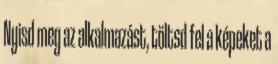
Nyisd meg az alkalmazást, töltsd fel a képeket a